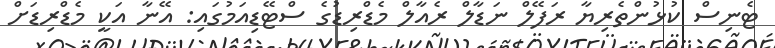
ޓެނިސް ކުޅުންތެރިޔާ ރަފޭލް ނަޑާލް ރެއާލް މެޑްރިޑުގެ ސްޓޭޑިއަމުގައި: އޭނާ އަކީ މެޑްރިޑަށް